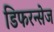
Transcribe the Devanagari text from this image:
डिफरन्सेज